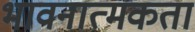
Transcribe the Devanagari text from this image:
भावनात्मकता